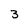
Character: 3